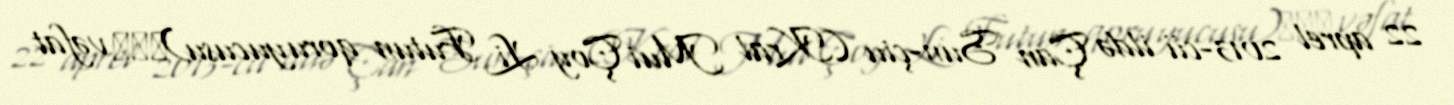
22 aprel 2013-cü ildə Çan Sun-çiu (Kral Mui Çoy Li Futun qoruyucusu)陈燊樵 vəfat